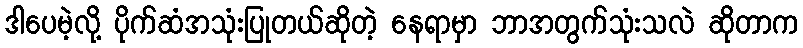
ဒါပေမဲ့လို့ ပိုက်ဆံအသုံးပြုတယ်ဆိုတဲ့ နေရာမှာ ဘာအတွက်သုံးသလဲ ဆိုတာက